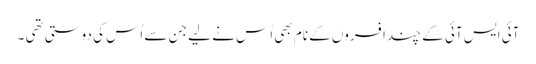
آئی ایس آئی کے چند افسروں کے نام بھی اُس نے لیے جن سے اُس کی دوستی تھی ۔